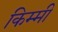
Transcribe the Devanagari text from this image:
किम्मी